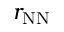
r _ { \mathrm { N N } }